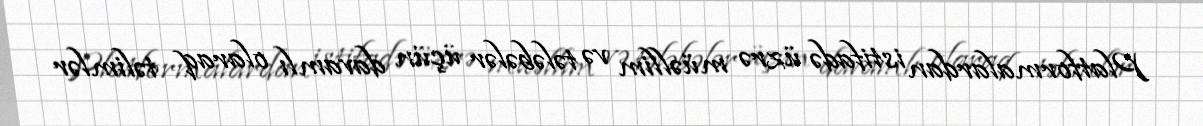
Platformalardan istifadə üzrə müəllim və tələbələr üçün davamlı olaraq təlimlər